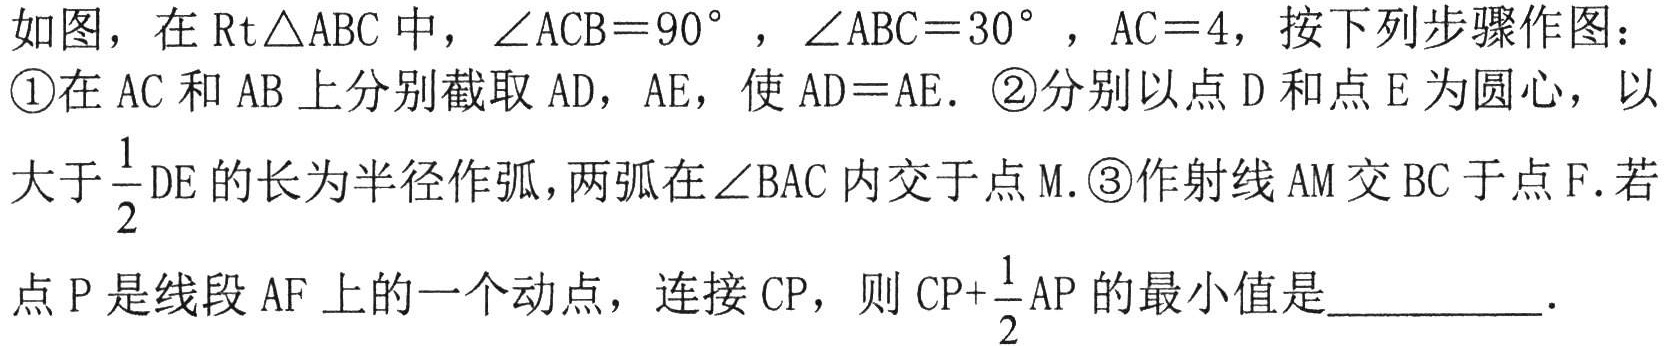
如图，在\(\text{Rt}\triangle ABC\)中，\(\angle ACB = 90^{\circ}\)，\(\angle ABC = 30^{\circ}\)，\(AC = 4\)，按下列步骤作图：
\textcircled{1}在\(AC\)和\(AB\)上分别截取\(AD\)，\(AE\)，使\(AD = AE\). \textcircled{2}分别以点\(D\)和点\(E\)为圆心，以
大于\(\frac{1}{2}DE\)的长为半径作弧，两弧在\(\angle BAC\)内交于点\(M\). \textcircled{3}作射线\(AM\)交\(BC\)于点\(F\). 若
点\(P\)是线段\(AF\)上的一个动点，连接\(CP\)，则\(CP+\frac{1}{2}AP\)的最小值是_________．